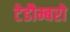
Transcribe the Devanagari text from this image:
टेडौम्बरो